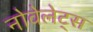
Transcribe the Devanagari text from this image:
नोवेलेट्स